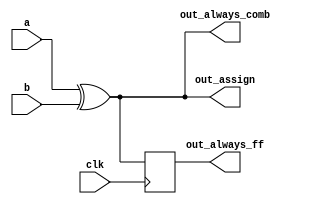
module top_module(
    input clk,
    input a,
    input b,
    output wire out_assign,
    output reg out_always_comb,
    output reg out_always_ff   );

    wire out_assign;

    reg out_always_comb;
    reg out_always_ff;

    assign out_assign = a ^ b;

    always @(*) begin
        out_always_comb = a ^ b;
    end

    always @(posedge clk ) begin
        out_always_ff = a ^ b;
    end
// qrm3i
endmodule